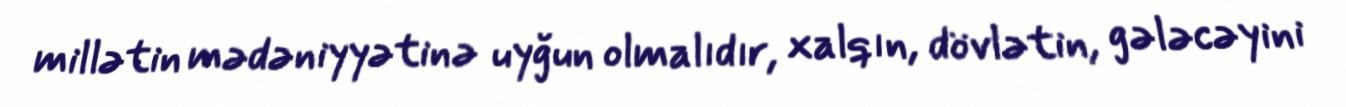
millətin mədəniyyətinə uyğun olmalıdır, xalqın, dövlətin, gələcəyini